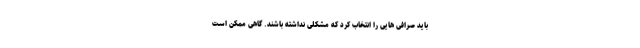
باید صرافی هایی را انتخاب کرد که مشکلی نداشته باشند. گاهی ممکن است